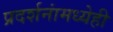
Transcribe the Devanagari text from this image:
प्रदर्शनांमध्येही